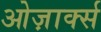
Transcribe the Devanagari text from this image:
ओज़ार्क्स